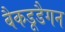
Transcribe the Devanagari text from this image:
बैकडूडैगन